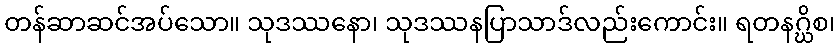
တန်ဆာဆင်အပ်သော။ သုဒဿနော၊ သုဒဿနပြာသာဒ်လည်းကောင်း။ ရတနဂ္ဃိစ၊